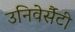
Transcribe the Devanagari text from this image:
उनिवेर्सैटी